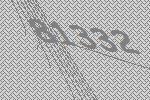
81332